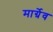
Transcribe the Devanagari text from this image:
मार्ग्रेव